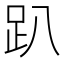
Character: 趴